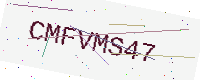
Text: CMFVMS47